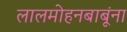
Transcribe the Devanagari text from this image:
लालमोहनबाबूंना